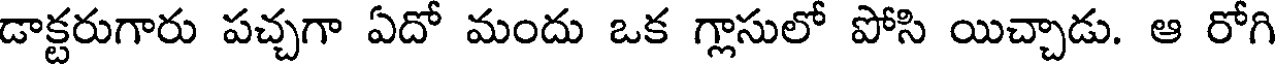
డాక్టరుగారు పచ్చగా ఏదో మందు ఒక గ్లాసులో పోసి యిచ్చాడు. ఆ రోగి